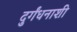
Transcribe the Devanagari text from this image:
दुर्गंधनाशी